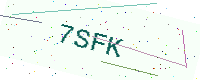
Text: 7SFK